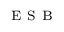
_ { \mathrm { ~ E ~ S ~ B ~ } }